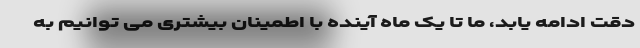
دقت ادامه یابد، ما تا یک ماه آینده با اطمینان بیشتری می توانیم به